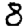
Digit: 8